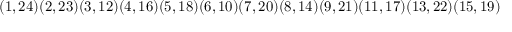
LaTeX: ( 1 , 2 4 ) ( 2 , 2 3 ) ( 3 , 1 2 ) ( 4 , 1 6 ) ( 5 , 1 8 ) ( 6 , 1 0 ) ( 7 , 2 0 ) ( 8 , 1 4 ) ( 9 , 2 1 ) ( 1 1 , 1 7 ) ( 1 3 , 2 2 ) ( 1 5 , 1 9 )